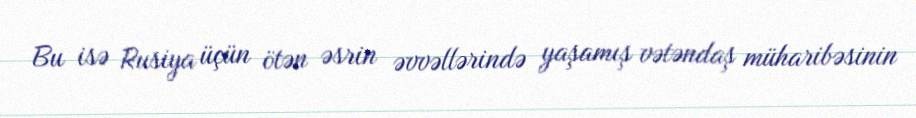
Bu isə Rusiya üçün ötən əsrin əvvəllərində yaşamış vətəndaş müharibəsinin